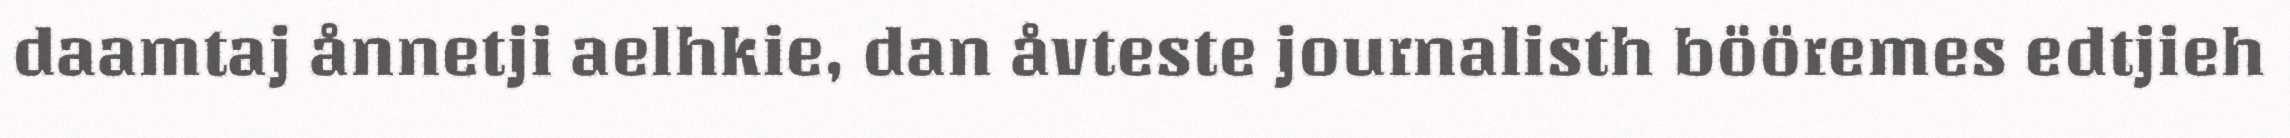
daamtaj ånnetji aelhkie, dan åvteste journalisth bööremes edtjieh